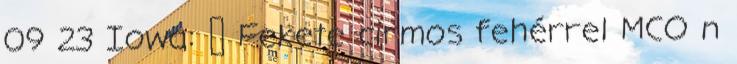
09 23 Iowa: ♂ Fekete cirmos fehérrel MCO n